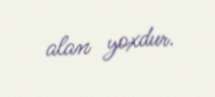
alan yoxdur.